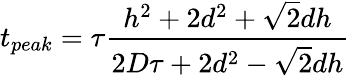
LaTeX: t_{peak}=\tau\frac{h^{2}+2d^{2}+\sqrt{2}dh}{2D\tau+2d^{2}-\sqrt{2}dh}